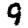
Digit: 9